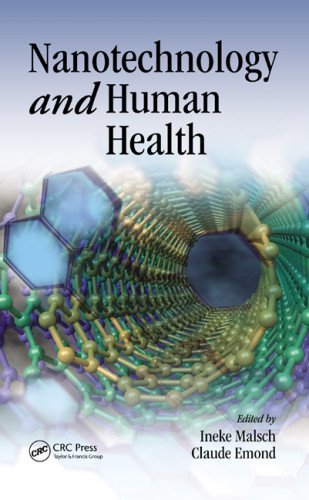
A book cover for Nanotechnology and Human Health; Medical Books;